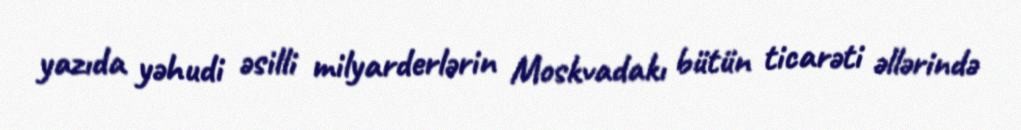
yazıda yəhudi əsilli milyarderlərin Moskvadakı bütün ticarəti əllərində